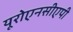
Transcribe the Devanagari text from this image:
यूरोएनसीएपी